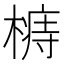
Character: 𣙦